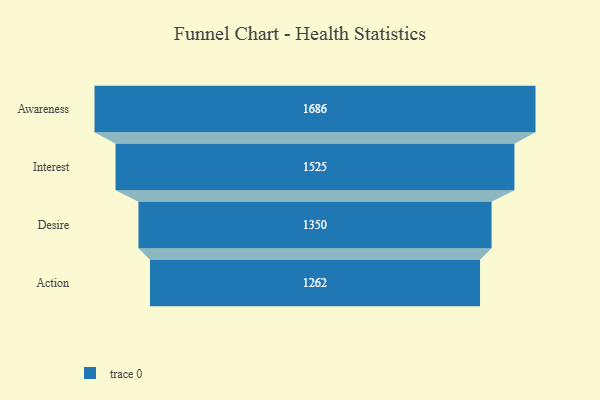
{"axis": {"x": "Stage", "y": "Value"}, "legend": [""], "data": [{"x": "Awareness", "y": 1686.0, "type": ""}, {"x": "Interest", "y": 1525.0, "type": ""}, {"x": "Desire", "y": 1350.0, "type": ""}, {"x": "Action", "y": 1262.0, "type": ""}]}